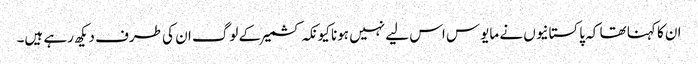
ان کا کہنا تھا کہ پاکستانیوں نے مایوس اس لیے نہیں ہونا کیونکہ کشمیر کے لوگ ان کی طرف دیکھ رہے ہیں۔